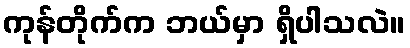
ကုန်တိုက်က ဘယ်မှာ ရှိပါသလဲ။